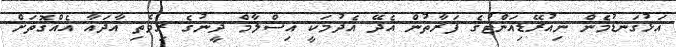
އަޅުގަނޑުމެން ނިއުރޭޑިއަންޓުގެ ފަރާތުން އެދޭ އެދުމަކީ އިސްލާމް ދީނުގެ ރިވެތި އާދައާ އެއްގޮތަށް